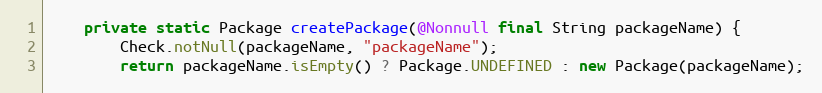
Language: Java
	private static Package createPackage(@Nonnull final String packageName) {
		Check.notNull(packageName, "packageName");
		return packageName.isEmpty() ? Package.UNDEFINED : new Package(packageName);